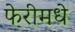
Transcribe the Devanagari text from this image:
फेरीमधे